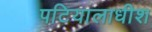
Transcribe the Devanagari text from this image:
पटियालाधीश